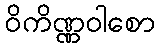
ဝိကိဏ္ဏဝါစော